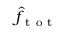
\hat { f } _ { \mathrm { ~ t ~ o ~ t ~ } }